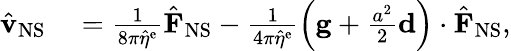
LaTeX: \begin{array}{rl}{\hat{\mathbf{v}}_{\mathrm{NS}}}&{{}=\frac{1}{8\pi\hat{\eta}^{\mathrm{e}}}\hat{\mathbf{F}}_{\mathrm{NS}}-\frac{1}{4\pi\hat{\eta}^{\mathrm{e}}}\left(\mathbf{g}+\frac{a^{2}}{2}\mathbf{d}\right)\cdot\hat{\mathbf{F}}_{\mathrm{NS}},}\end{array}